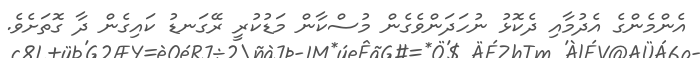
އެންމެންގެ އެދުމާއި ދެކޮޅު ނުހަދަންވެގެން މުސްކާން މަޑުކުރީ ރޭގަނޑު ކައިގެން ދާ ގޮތަށެވެ.